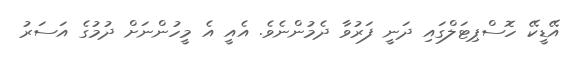
އޭޑީކޭ ހޮސްޕިޓަލްގައި ދަނީ ފަރުވާ ދެމުންނެވެ. އެއީ އެ މީހުންނަށް ދުމުގެ އަސަރު